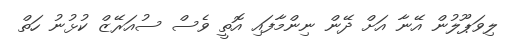
ލިވަޕޫލުން އޭނާ އަށް ދޭން ނިންމާފައި އޮތީ ވެސް ސުއަރޭޒް ކުޅުނު ހަތް